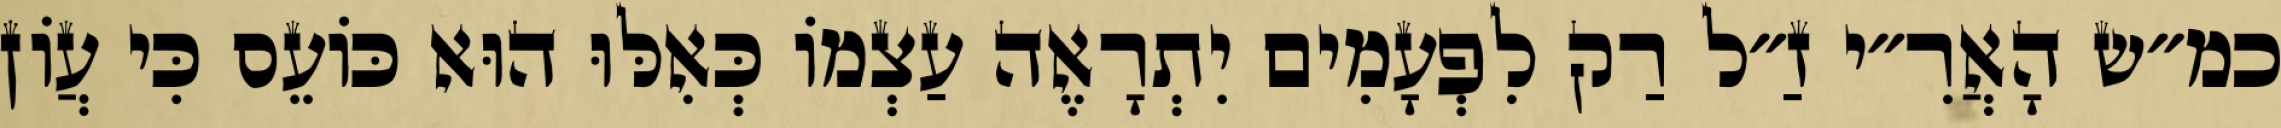
כמ״ש הָאֲרִ״י זַ״ל רַק לִפְעָמִים יִתְרָאֶה עַצְמוֹ כְּאִלּוּ הוּא כּוֹעֵס כִּי עֲוֹן